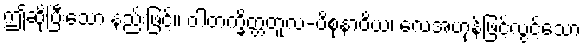
ဤဆိုပြီးသော နည်းဖြင့်။ ဝါတက္ခိတ္တတူလ-ပိစုနာဝိယ၊ လေအဟုန်ဖြင့်လွင့်သော